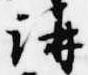
講